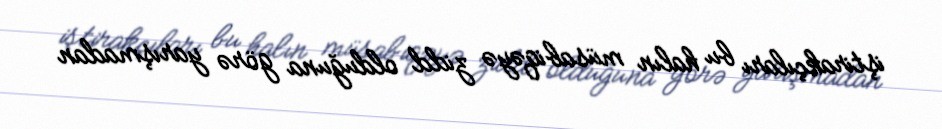
iştirakçıları bu halın müsabiqəyə zidd olduğuna görə yarışmadan